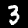
Digit: 3